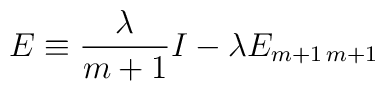
E \equiv \frac{\lambda  }{ m+1} I - \lambda E_{m+1 \, m+1}